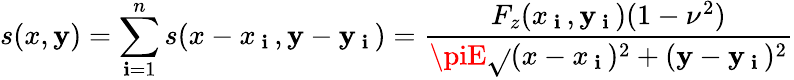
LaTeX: s(x,\mathbf{y})=\sum_{\mathbf{i}=1}^{n}s(x-x_{\mathrm{{~\mathbf{i}~}}},\mathbf{y}-\mathbf{y}_{\mathrm{{~\mathbf{i}~}}})=\frac{{F_{z}(x_{\mathrm{{~\mathbf{i}~}}},\mathbf{y}_{\mathrm{{~\mathbf{i}~}}})(1-\nu^{2})}}{{\piE\sqrt{}{{(x-x_{\mathrm{{~\mathbf{i}~}}})^{2}+(\mathbf{y}-\mathbf{y}_{\mathrm{{~\mathbf{i}~}}})^{2}}}}}